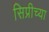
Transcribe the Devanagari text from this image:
सिप्रीच्या